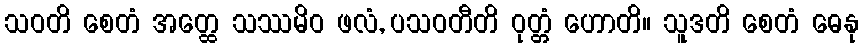
သဝတိ စေတံ အတ္ထေ သဿမိဝ ဖလံ, ပသဝတီတိ ဝုတ္တံ ဟောတိ။ သူဒတိ စေတံ ဓေနု